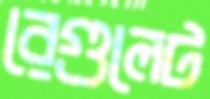
রেগুলেট